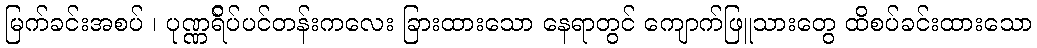
မြက်ခင်းအစပ် ၊ ပုဏ္ဏရ်ိပ်ပင်တန်းကလေး ခြားထားသော နေရာတွင် ကျောက်ဖြူသားတွေ ထိစပ်ခင်းထားသော